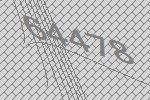
64478